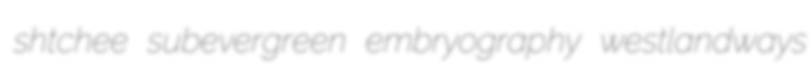
shtchee subevergreen embryography westlandways